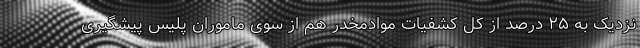
نزدیک به ۲۵ درصد از کل کشفیات موادمخدر هم از سوی ماموران پلیس پیشگیری